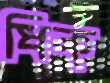
ধিক্‌